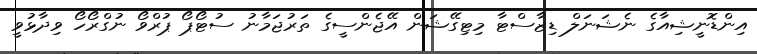
އިންޑޮނީޝިއާގެ ނެޝަނަލް ޑިޒާސްޓާ މިޓިގޭޝަން އޭޖެންސީގެ ތަރުޖަމާނު ސުޓޯޕޯ ޕުރްވޯ ނުގްރޯހޯ ވިދާޅުވީ